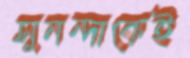
সুনন্দাকেই